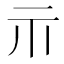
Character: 𱍐